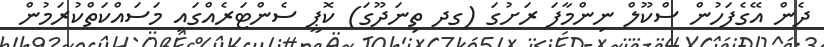
ދެން އޭގެފަހުން ސްކޫލް ނިންމާފަ ރަށުގަ (ގދ ތިނަދޫގަ) ކޮޕީ ސެންޓަރެއްގައި މަސައްކަތްކުރަމުން